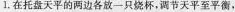
1.在托盘天平的两边各放一只烧杯，调节天平至平衡，